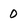
Character: O